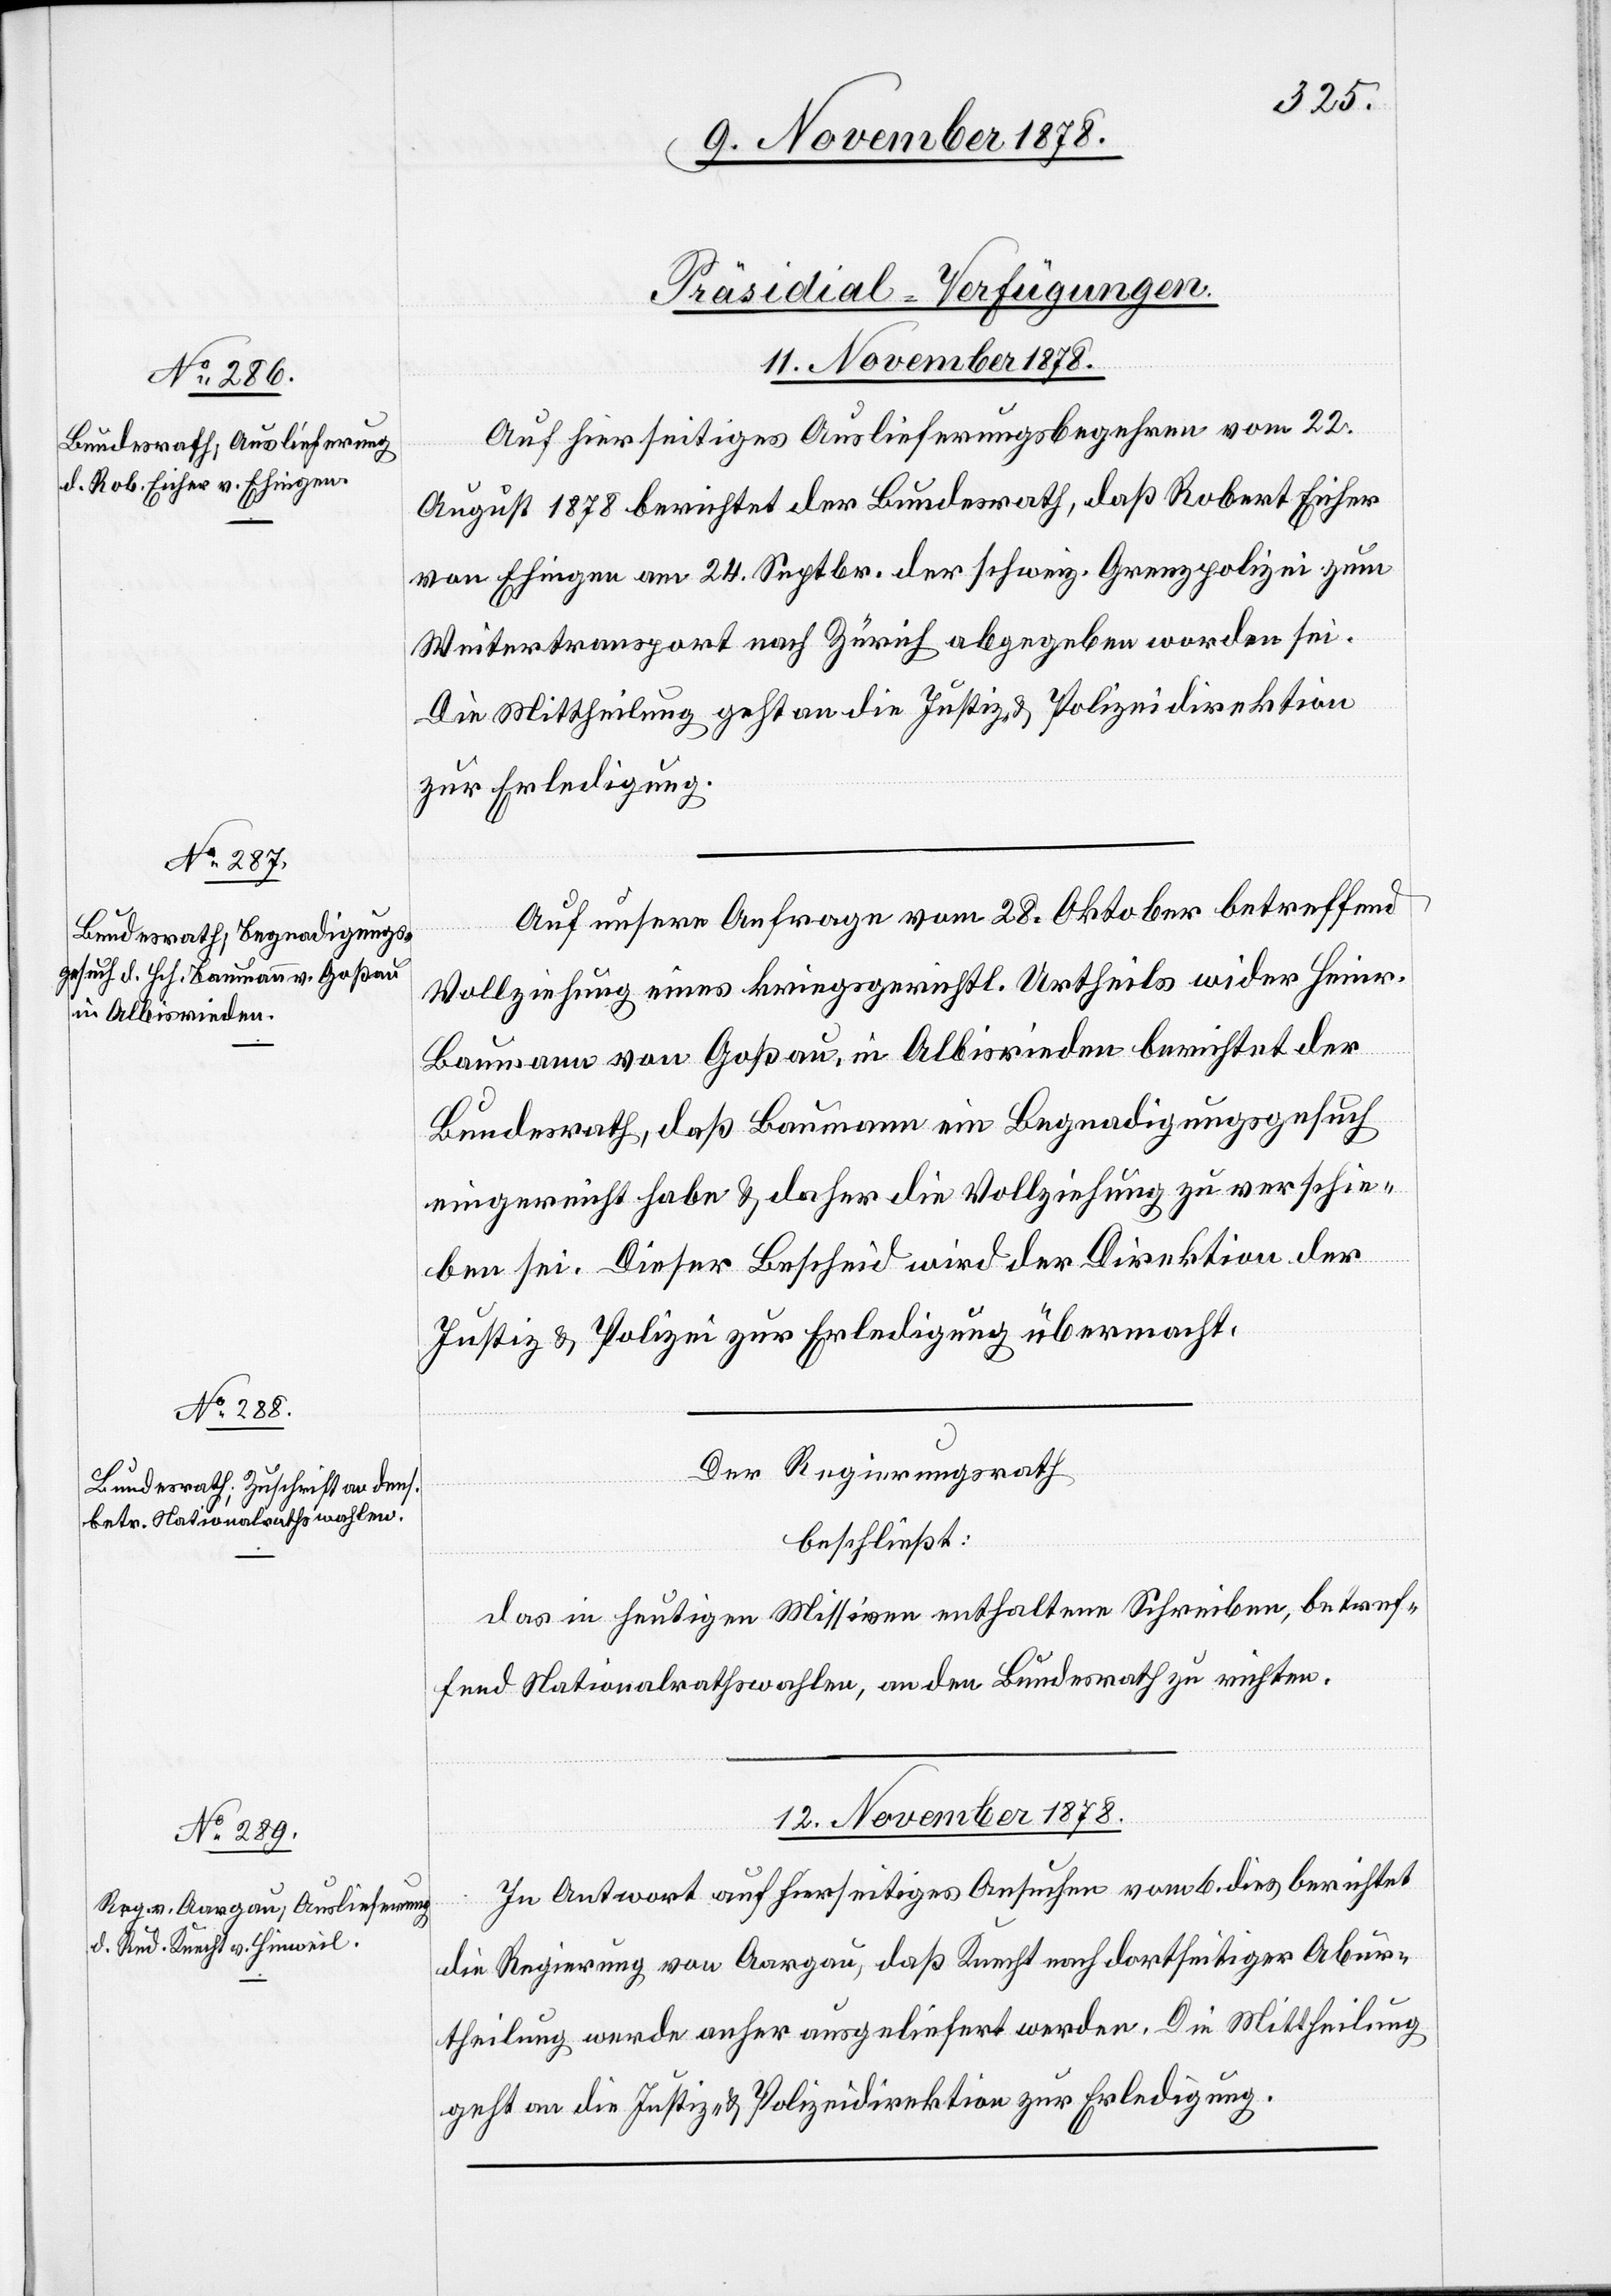
[Präsidial-Verfügungen.]
11. November 1878.]
Auf hierseitiges Auslieferungsbegehren vom 22.
August 1878 berichtet der Bundesrath, daß Robert Eicher
von Ehingen am 24. Septbr. der schweiz. Grenzpolizei zum
Weitertransport nach Zürich abgegeben worden sei.
Die Mittheilung geht an die Justiz- & Polizeidirektion
zur Erledigung.
Auf unsere Anfrage vom 28. Oktober betreffend
Vollziehung eines kreisgerichtl. Urtheils wider Heinr.
Baumann von Goßau, in Albisrieden berichtet der
Bundesrath, daß Baumann ein Begnadigungsgesuch
eingereicht habe & daher die Vollziehung zu verschie¬
ben sei. Dieser Bescheid wird der Direktion der
Justiz & Polizei zur Erledigung übermacht.
Der Regierungsrath
beschließt:
Das in heutigen Missiven enthaltene Schreiben, betref¬
fend Nationalrathswahlen, an den Bundesrath zu richten.
12. November 1878.
In Antwort auf hierseitiges Ansuchen vom 6. dies berichtet
die Regierung von Aargau, daß Knecht nach dortseitiger Abur¬
theilung werde anher ausgeliefert werden. Die Mittheilung
geht an die Justiz- & Polizeidirektion zur Erledigung.